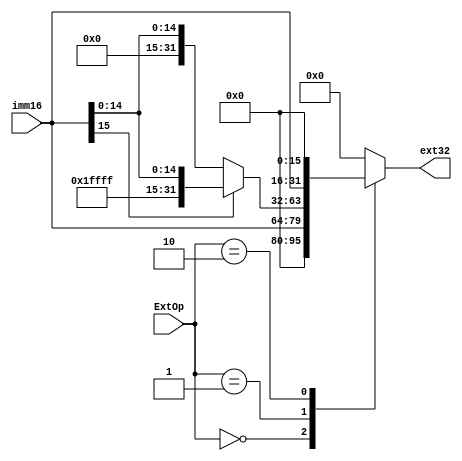
module ext(imm16, ExtOp, ext32);
  input [15:0] imm16;
  input [1:0] ExtOp;
  output reg [31:0] ext32;
  
  always@(*)
    begin
      case(ExtOp)
        2'b00:
          begin
            ext32 = {16'b0000_0000_0000_0000, imm16[15:0]};
          end
          
        2'b01:
          begin
            if(imm16[15]==1'b1)
              ext32 = {16'b1111_1111_1111_1111, imm16[15:0]};
            else
              ext32 = {16'b0000_0000_0000_0000, imm16[15:0]};
          end
          
        2'b10:
          begin
            ext32 = {imm16[15:0], 16'b0};
          end
          
        default:
          begin
            ext32 = 32'b0;
          end
          
      endcase
    
    end

endmodule